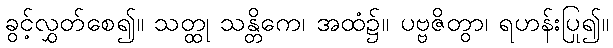
ခွင့်လွှတ်စေ၍။ သတ္ထု သန္တိကေ၊ အထံ၌။ ပဗ္ဗဇိတွာ၊ ရဟန်းပြု၍။